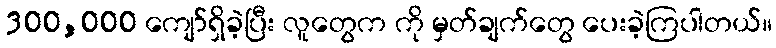
300,000 ကျော်ရှိခဲ့ပြီး လူတွေက ကို မှတ်ချက်တွေ ပေးခဲ့ကြပါတယ်။